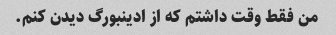
من فقط وقت داشتم که از ادینبورگ دیدن کنم.